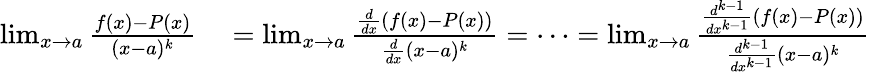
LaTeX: \begin{array}{rl}{\operatorname*{lim}_{x\to a}{\frac{f(x)-P(x)}{(x-a)^{k}}}}&{{}=\operatorname*{lim}_{x\to a}{\frac{{\frac{d}{dx}}(f(x)-P(x))}{{\frac{d}{dx}}(x-a)^{k}}}=\cdots=\operatorname*{lim}_{x\to a}{\frac{{\frac{d^{k-1}}{dx^{k-1}}}(f(x)-P(x))}{{\frac{d^{k-1}}{dx^{k-1}}}(x-a)^{k}}}}\end{array}